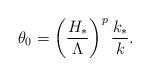
LaTeX: \begin{align*} \theta_0=\left(\frac{H_*}{\Lambda}\right)^p \frac{k_*}{k}.\end{align*}